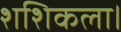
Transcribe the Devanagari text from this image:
शशिकला।